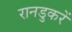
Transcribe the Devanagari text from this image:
रानडुकरें